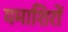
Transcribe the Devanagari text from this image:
यमाशिरों